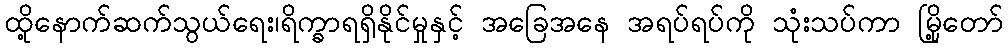
ထို့နောက်ဆက်သွယ်ရေး၊ရိက္ခာရရှိနိုင်မှုနှင့် အခြေအနေ အရပ်ရပ်ကို သုံးသပ်ကာ မြို့တော်